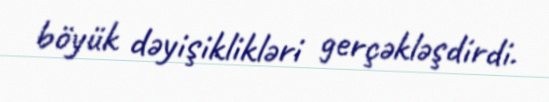
böyük dəyişiklikləri gerçəkləşdirdi.